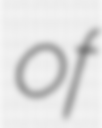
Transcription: of